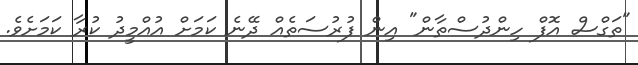
"ތަގްސް އޮފް ހިންދުސްތާން" އިން ފުރުސަތެއް ދޭނެ ކަމަށް އުއްމީދު ކުރާ ކަމަށެވެ.